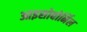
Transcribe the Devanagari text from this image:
आइसोबोर्निल